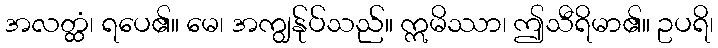
အလတ္ထံ၊ ရပေ၏။ မေ၊ အကျွန်ုပ်သည်။ ဣမိဿာ၊ ဤသီရိမာ၏။ ဥပရိ၊